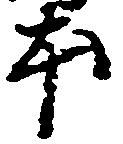
本